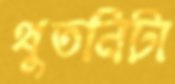
থুতনিটা